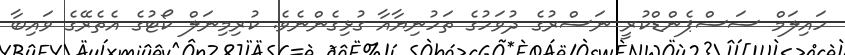
ހައިލަމް ސަސްޕެންޑްކުރީ ނަސްރުގެ ދުވަހުގެ ތަހުނިޔާއާ ގުޅިގެންނެވެ. ކުރިމިނަލް ކޯޓުގެ އެތެރޭގެ ވައިބާ